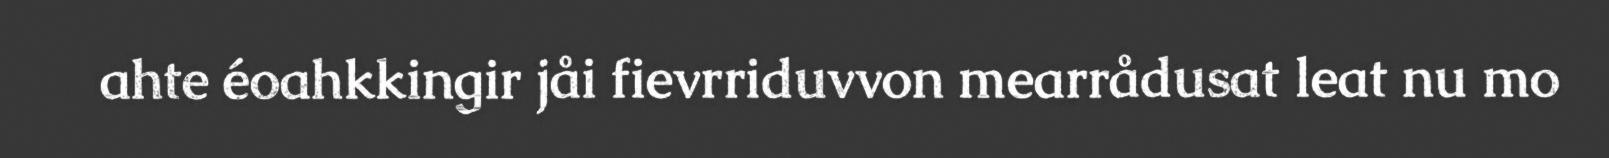
ahte éoahkkingir jåi fievrriduvvon mearrådusat leat nu mo